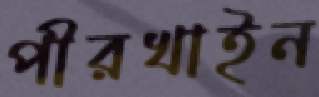
পীরখাইন